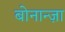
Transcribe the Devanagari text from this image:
बोनान्ज़ा